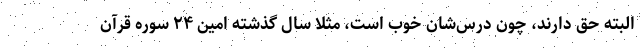
البته حق دارند، چون درس‌شان خوب است، مثلا سال گذشته امین ۲۴ سوره قرآن